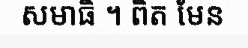
សមាធិ ។ ពិត មែន